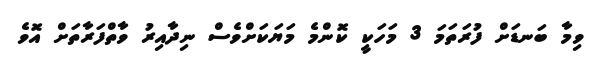
ވިމާ ބަނޑަށް ފުރަތަމަ 3 މަހަކީ ކޮންމެ މަޔަކަށްވެސް ނިދާއިރު ވާތްފަރާތަށް އޮވެ